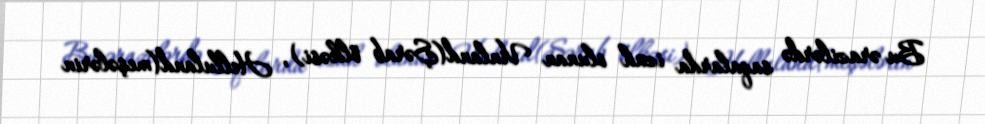
Bu ərazilərdə saqalarda izah olunan Vinland(Şərab ölkəsi), Helluland(meşələrin